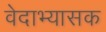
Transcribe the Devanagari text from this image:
वेदाभ्यासक